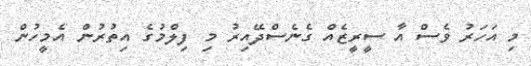
މި އަހަރު ވެސް އާ ސީރީޒެއް ގެނެސްދޭއިރު މި ފިލްމުގެ އިތުރުން އެމީހުން